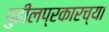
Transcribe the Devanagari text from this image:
पुढीलप्रकारच्या